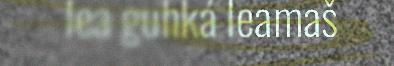
lea guhká leamaš